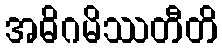
အဓိဂမိဿတီတိ